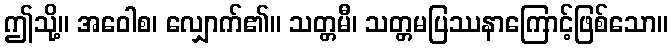
ဤသို့။ အဝေါစ၊ လျှောက်၏။ သတ္တမီ၊ သတ္တမပြဿနာကြောင့်ဖြစ်သော။